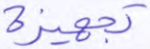
تجهيزة